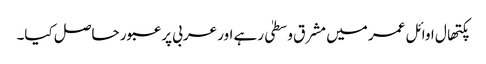
پکتھال اوائل عمر میں مشرق وسطیٰ رہے اور عربی پر عبور حاصل کیا۔